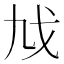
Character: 𢦎